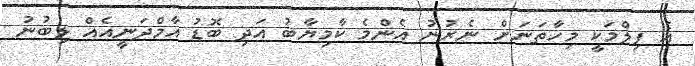
އެ ފިލްމަކީ މިހާތަނަށް ނެރުނު އެންމެ ކާމިޔާބު އަދި ބޮޑު އާމްދަނީއެއް ލިބުނު